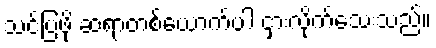
သင်ပြဖို့ ဆရာတစ်ယောက်ပါ ငှားလိုက်သေးသည်။